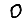
Digit: 0